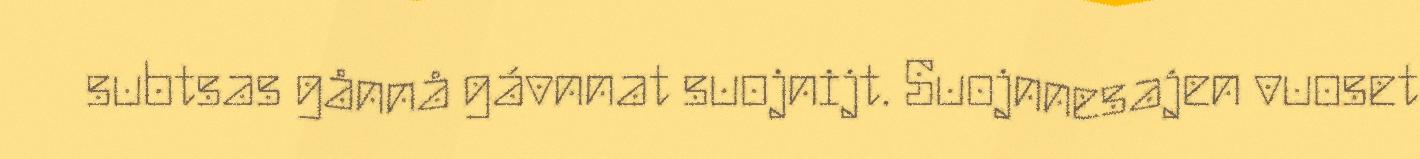
subtsas gånnå gávnnat suojnijt. Suojnnesajen vuoset